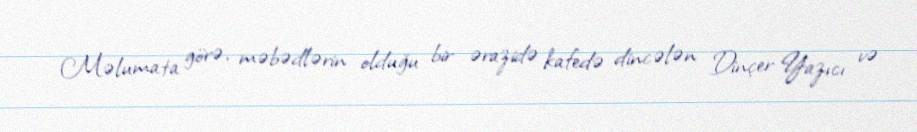
Məlumata görə, məbədlərin olduğu bir ərazidə kafedə dincələn Dinçer Yazıcı və